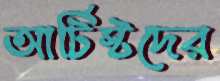
আর্টিস্টদের